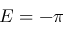
E = - \pi